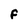
Character: F